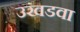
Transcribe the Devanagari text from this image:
उखडवा